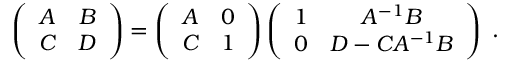
\left( \begin{array} { c c } { { A } } & { { B } } \\ { { C } } & { { D } } \end{array} \right) = \left( \begin{array} { c c } { { A } } & { { 0 } } \\ { { C } } & { { 1 } } \end{array} \right) \left( \begin{array} { c c } { { 1 } } & { { A ^ { - 1 } B } } \\ { { 0 } } & { { D - C A ^ { - 1 } B } } \end{array} \right) ~ .